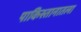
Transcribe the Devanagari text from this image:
पाकिस्तानातला